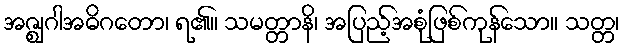
အဇ္ဈဂါအဓိဂတော၊ ရ၏။ သမတ္တာနိ၊ အပြည့်အစုံဖြစ်ကုန်သော။ သတ္တ၊